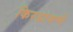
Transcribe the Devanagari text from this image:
किरडावणे